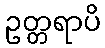
ဥတ္တရာပိ